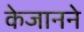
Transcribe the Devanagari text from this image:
केजानने